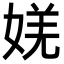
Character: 㛨